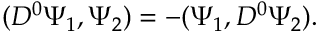
( D ^ { 0 } \Psi _ { 1 } , \Psi _ { 2 } ) = - ( \Psi _ { 1 } , D ^ { 0 } \Psi _ { 2 } ) .